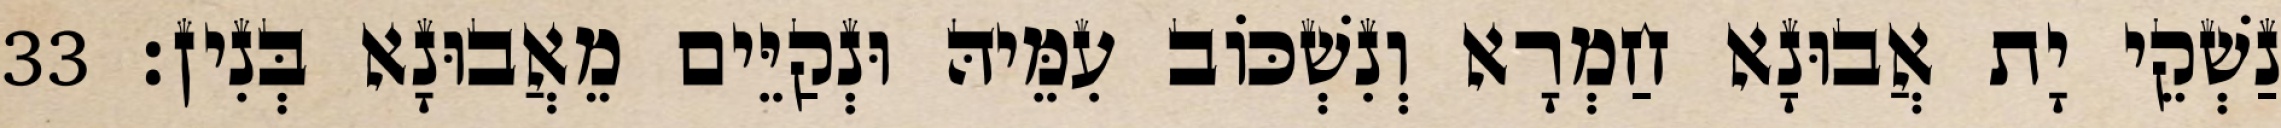
נַשְׁקֵי יָת אֲבוּנָא חַמְרָא וְנִשְׁכּוֹב עִמֵּיהּ וּנְקַיֵּים מֵאֲבוּנָא בְּנִין׃ 33